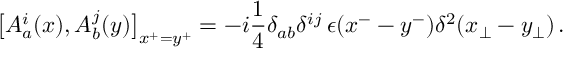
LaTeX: \bigl [ A _ { a } ^ { i } ( x ) , A _ { b } ^ { j } ( y ) \bigr ] _ { x ^ { + } = y ^ { + } } = - i { \frac { 1 } { 4 } } \delta _ { a b } \delta ^ { i j } \, \epsilon ( x ^ { - } - y ^ { - } ) \delta ^ { 2 } ( x _ { \bot } - y _ { \bot } ) \, .